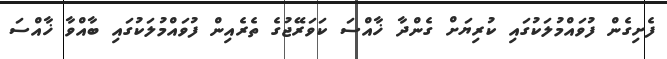
ފެށިގެން ފުވައްމުލަކުގައި ކުރިޔަށް ގެންދާ ޚާއްސަ ކަވަރޭޖުގެ ތެރެއިން ފުވައްމުލަކުގައި ބާއްވާ ޚާއްސަ